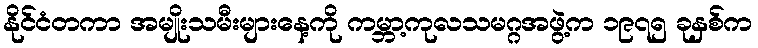
နိုင်ငံတကာ အမျိုးသမီးများနေ့ကို ကမ္ဘာ့ကုလသမဂ္ဂအဖွဲ့က ၁၉၇၅ ခုနှစ်က